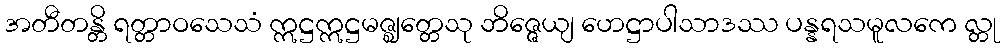
အတီတန္တိ ရတ္တာဝသေသံ ဣဋ္ဌဣဋ္ဌမဇ္ဈတ္တေသု ဘိဇ္ဇေယျ ဟေဋ္ဌာပါသာဒဿ ပန္နရသမူလကေ လ္တု